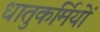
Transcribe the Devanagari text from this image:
धातुकर्मियों